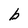
Character: b